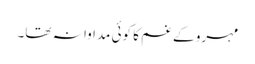
مہرو کے غم کا کوئی مداوا نہ تھا۔